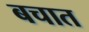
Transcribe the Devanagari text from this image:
बचात